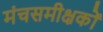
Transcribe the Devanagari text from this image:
मंचसमीक्षकों